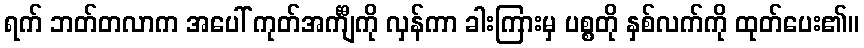
ရက် ဘတ်တလာက အပေါ် ကုတ်အင်္ကျီကို လှန်ကာ ခါးကြားမှ ပစ္စတို နှစ်လက်ကို ထုတ်ပေး၏။